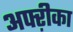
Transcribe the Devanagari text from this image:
अफ्ऱीका